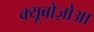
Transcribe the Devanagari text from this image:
क्यूबोज़ोआ